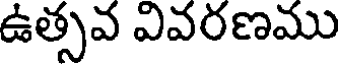
ఉత్సవ వివరణము